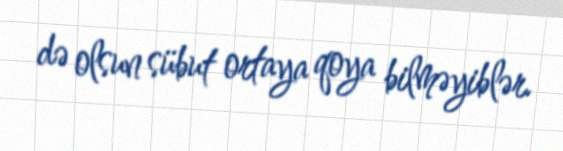
də olsun sübut ortaya qoya bilməyiblər.